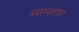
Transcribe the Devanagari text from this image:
मामलार